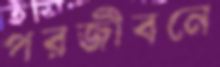
পরজীবনে